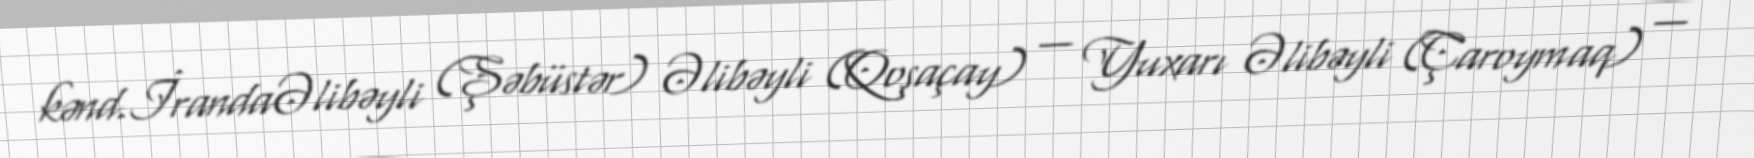
kənd.İrandaƏlibəyli (Şəbüstər) Əlibəyli (Qoşaçay) — Yuxarı Əlibəyli (Çaroymaq) —